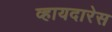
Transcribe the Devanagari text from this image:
व्हायदारेस